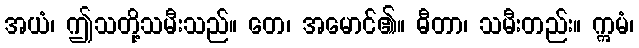
အယံ၊ ဤသတို့သမီးသည်။ တေ၊ အမောင်၏။ ဓီတာ၊ သမီးတည်း။ ဣမံ၊